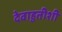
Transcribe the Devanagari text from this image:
देवाहुतीशी